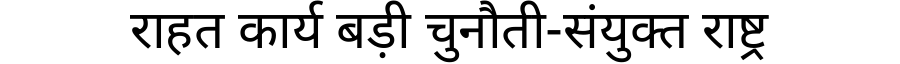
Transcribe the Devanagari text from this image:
राहत कार्य बड़ी चुनौती-संयुक्त राष्ट्र